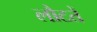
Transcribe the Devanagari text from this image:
लौटतें